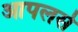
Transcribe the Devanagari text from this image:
आपलसे